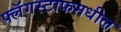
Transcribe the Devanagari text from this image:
फ्लॅगस्टाफमधील